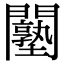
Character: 𨷙